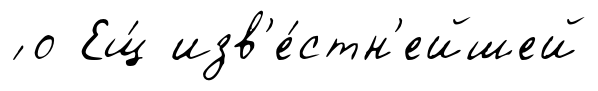
́ о Ещ́ изв'е́стн'ейшей